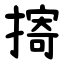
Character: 㨳